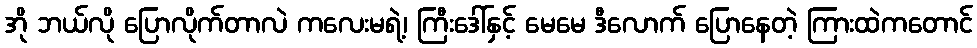
အို ဘယ်လို ပြောလိုက်တာလဲ ကလေးမရဲ့၊ ကြီးဒေါ်နှင့် မေမေ ဒီလောက် ပြောနေတဲ့ ကြားထဲကတောင်